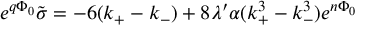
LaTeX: e ^ { q \Phi _ { 0 } } \tilde { \sigma } = - 6 ( k _ { + } - k _ { - } ) + 8 \lambda ^ { \prime } \alpha ( k _ { + } ^ { 3 } - k _ { - } ^ { 3 } ) e ^ { n \Phi _ { 0 } }